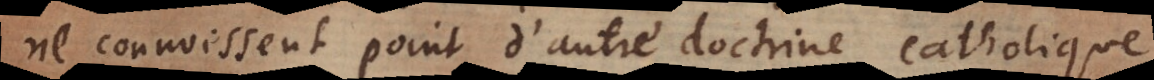
ne connoissent point d’autre doctrine catholique